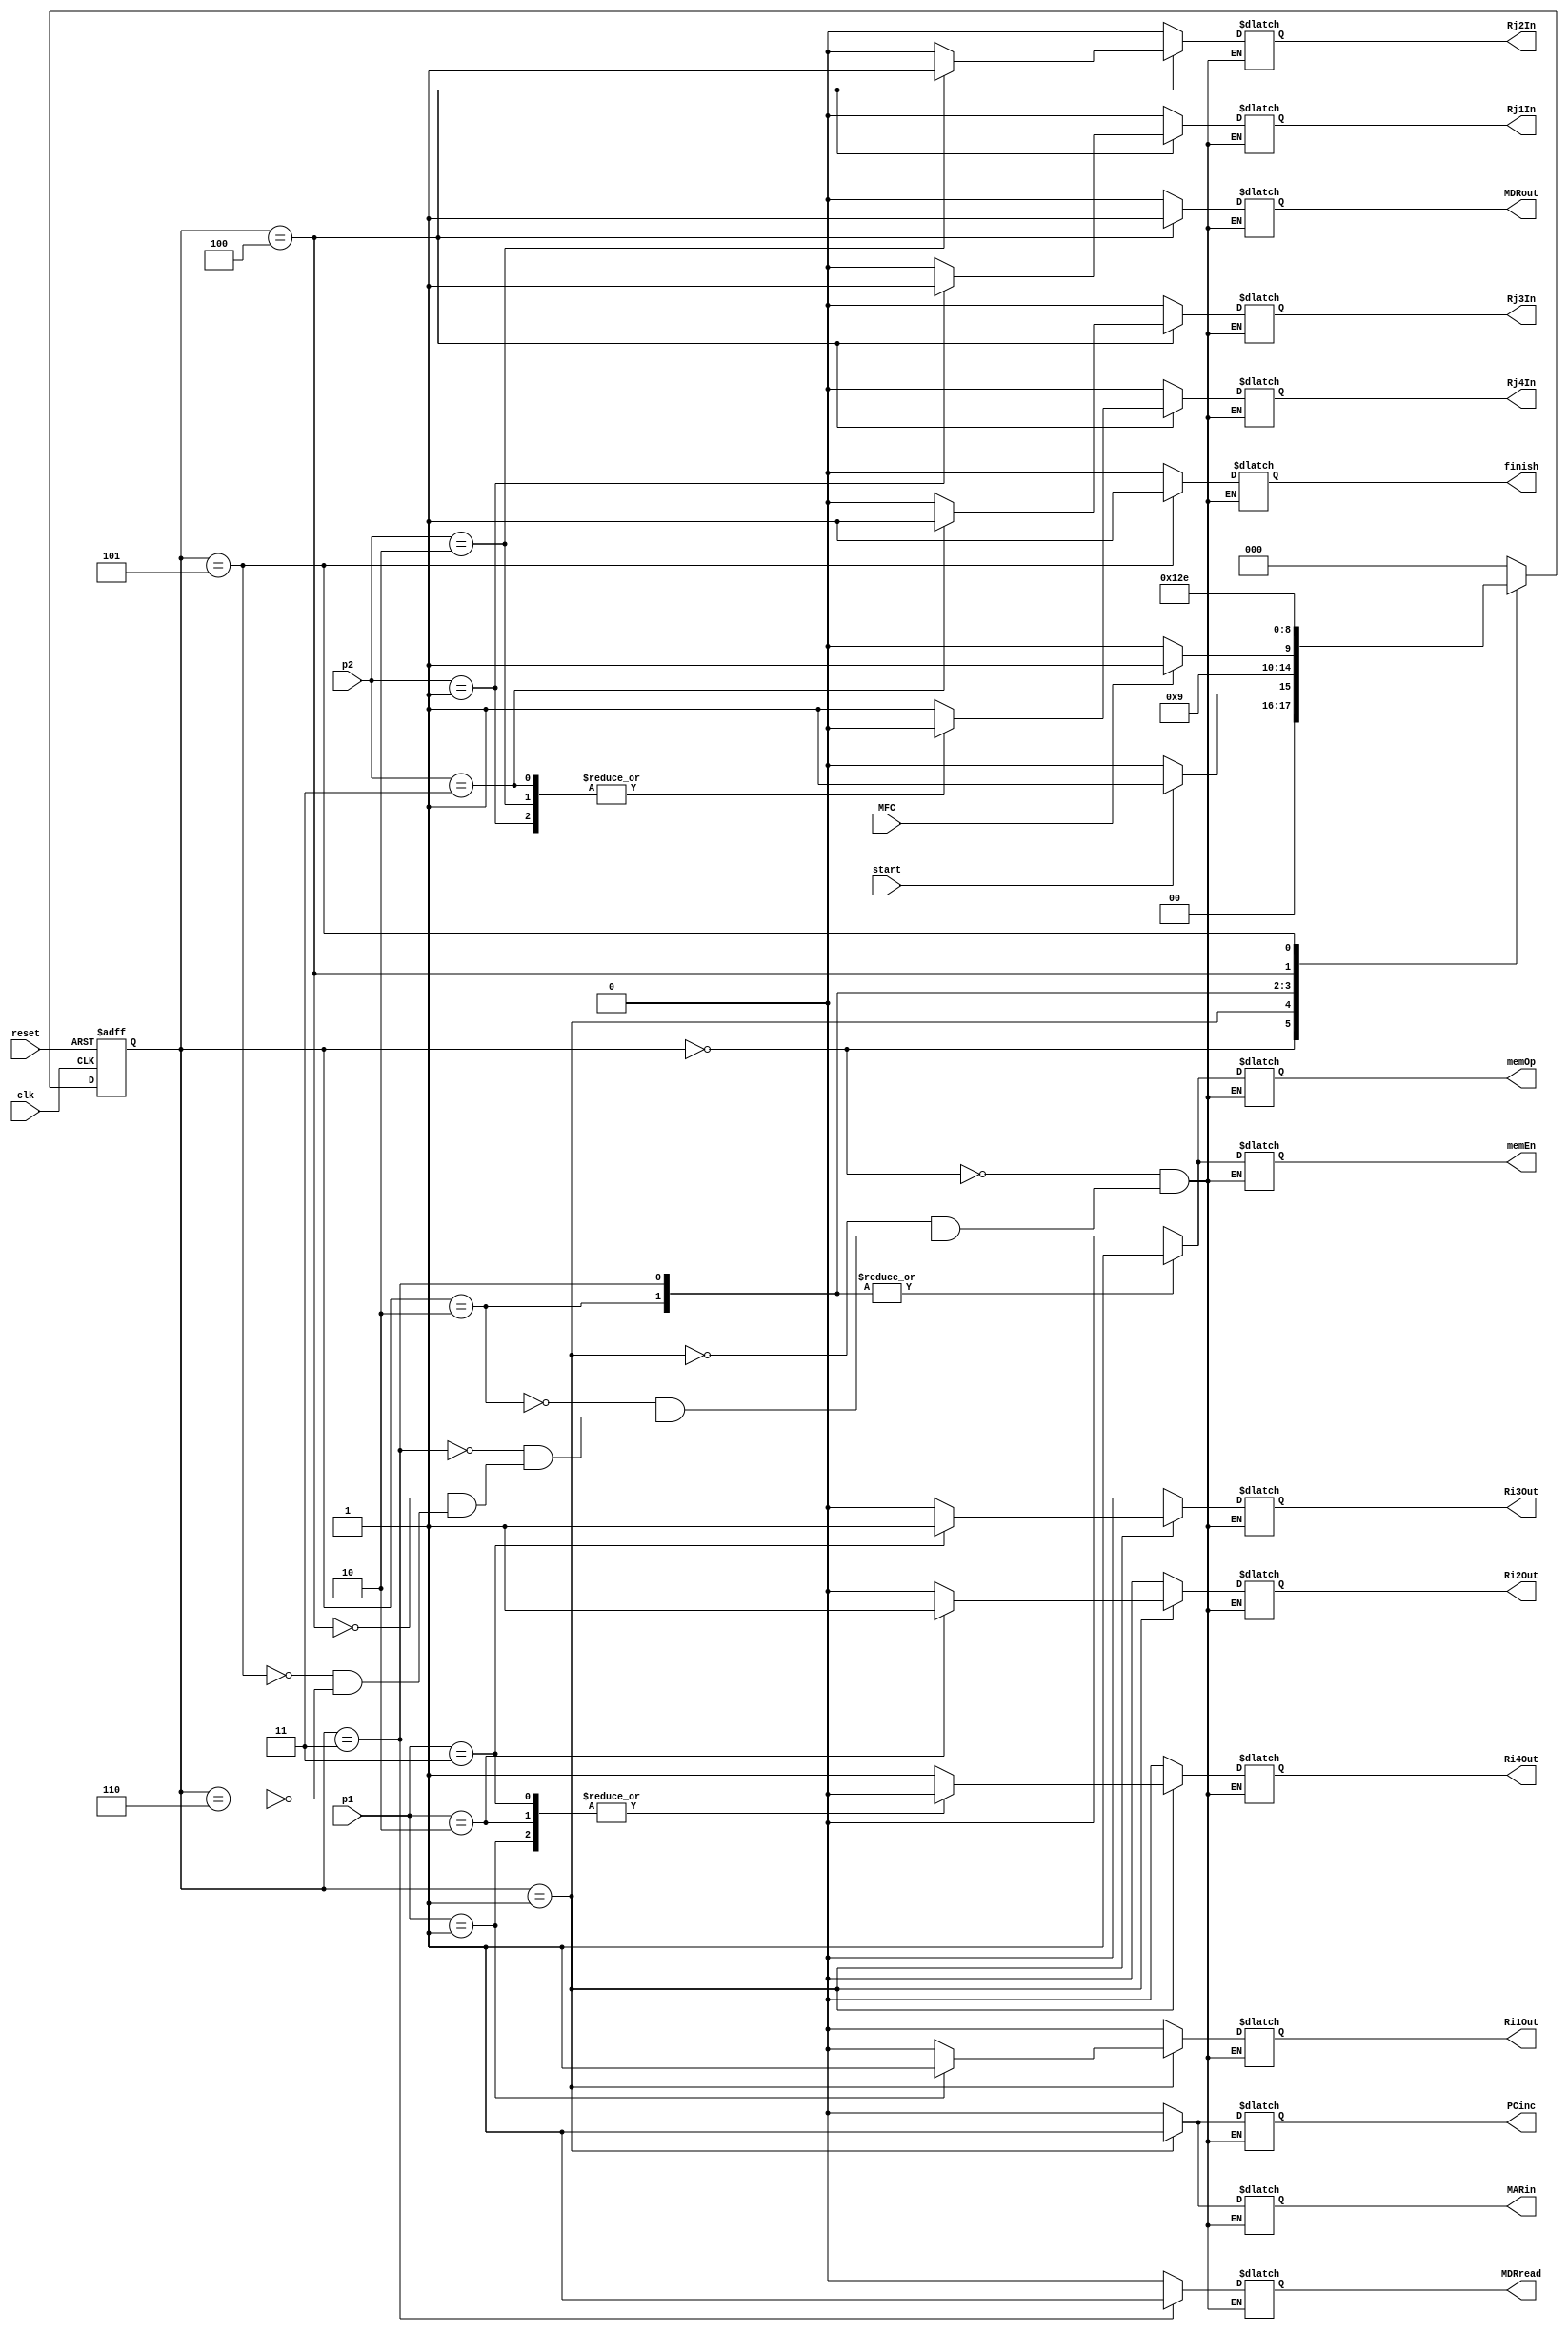
// Zack Fravel
// System Synthesis and Modeling
// Final Project (Step 4)

module Load_FSM(clk, reset, start, MFC, PCinc, Ri1Out, Ri2Out, Ri3Out, Ri4Out, MARin, MDRread, memEn, memOp, MDRout, Rj1In, Rj2In, Rj3In, Rj4In, p1, p2, finish);

// Port Declartaion

input clk; input reset; input start; input MFC; input[5:0] p1; input[5:0] p2;

output reg PCinc; output reg MARin; output reg MDRread; 
output reg Ri1Out; output reg Ri2Out; output reg Ri3Out; output reg Ri4Out; 
output reg memEn; output reg memOp; output reg MDRout; 
output reg Rj1In; output reg Rj2In; output reg Rj3In; output reg Rj4In; output reg finish;

reg[2:0] current_state, next_state;			

// Set Parameters for State Signals

parameter init = 4'b0000, one = 4'b0001, two = 4'b0010, three = 4'b0011, 
	four = 4'b0100, five = 4'b0101, six = 4'b0110, 	
	seven = 4'b0111, eight = 4'b1000, nine = 4'b1001, ten = 4'b1010;


// Architecture

always @(posedge clk or posedge reset)			// Current State Transition
begin
   if(reset)
	current_state <= init;
   else
	current_state <= next_state;
end


always @(current_state or start or MFC)			// Next State Logic
begin

   case(current_state)

   init: begin
	 	if(start)
	   		next_state <= one;
		else
			next_state <= init;
         end

   one:    begin next_state <= two; end
   two:    begin 
		if(MFC)
			next_state <= three;
		else 
			next_state <= two; 
	   end
   three:  begin next_state <= four; end
   four:   begin next_state <= five; end
   five:   begin next_state <= six; end
   six:    begin next_state <= init; end
   default:begin next_state <= init; end

   endcase
end


always @(current_state)					// Output Logic
begin

   case (current_state)

   init:  begin 
		PCinc = 0; MARin = 0; Ri1Out = 0; Ri2Out = 0; Ri3Out = 0; Ri4Out = 0; 
		MDRread = 0; memEn = 0; memOp = 0; MDRout = 0; 
		Rj1In = 0; Rj2In = 0; Rj3In = 0; Rj4In = 0; finish = 0;
	  end
   one:   begin  
		PCinc = 1; MARin = 1; 
		case (p1)
			6'b000001: begin Ri1Out = 1; Ri2Out = 0; Ri3Out = 0; Ri4Out = 0; end
			6'b000010: begin Ri2Out = 1; Ri1Out = 0; Ri3Out = 0; Ri4Out = 0; end
			6'b000011: begin Ri3Out = 1; Ri2Out = 0; Ri1Out = 0; Ri4Out = 0; end
			default  : begin Ri4Out = 1; Ri2Out = 0; Ri3Out = 0; Ri1Out = 0; end
		endcase 
		MDRread = 0; memEn = 0; memOp = 0; MDRout = 0; 
		Rj1In = 0; Rj2In = 0; Rj3In = 0; Rj4In = 0; finish = 0;
	  end
   two:   begin 
		memEn = 1; memOp = 1;
		case (p1)
			6'b000001: begin Ri1Out = 0; Ri2Out = 0; Ri3Out = 0; Ri4Out = 0; end
			6'b000010: begin Ri2Out = 0; Ri1Out = 0; Ri3Out = 0; Ri4Out = 0; end
			6'b000011: begin Ri3Out = 0; Ri2Out = 0; Ri1Out = 0; Ri4Out = 0; end
			default  : begin Ri4Out = 0; Ri2Out = 0; Ri3Out = 0; Ri1Out = 0; end
		endcase 
		PCinc = 0; MARin = 0; 
		MDRread = 0; MDRout = 0; 
		Rj1In = 0; Rj2In = 0; Rj3In = 0; Rj4In = 0; finish = 0;
	  end
   three: begin 
		MDRread = 1;
		PCinc = 0; MARin = 0; Ri1Out = 0; Ri2Out = 0; Ri3Out = 0; Ri4Out = 0; 
		memEn = 1; memOp = 1; MDRout = 0; 
		Rj1In = 0; Rj2In = 0; Rj3In = 0; Rj4In = 0; finish = 0;
	  end
   four:  begin  
		MDRout = 1; 
		case(p2)
			6'b000001: begin Rj1In = 1; Rj2In = 0; Rj3In = 0; Rj4In = 0; end
			6'b000010: begin Rj2In = 1; Rj1In = 0; Rj3In = 0; Rj4In = 0; end
			6'b000011: begin Rj3In = 1; Rj2In = 0; Rj1In = 0; Rj4In = 0; end
			default  : begin Rj4In = 1; Rj2In = 0; Rj3In = 0; Rj1In = 0; end
		endcase
		PCinc = 0; MARin = 0; Ri1Out = 0; Ri2Out = 0; Ri3Out = 0; Ri4Out = 0; 
		MDRread = 0; memEn = 0; memOp = 0;
		finish = 0;
	  end
   five:  begin  
		finish = 1;
		case(p2)
			6'b000001: begin Rj1In = 0; Rj2In = 0; Rj3In = 0; Rj4In = 0; end
			6'b000010: begin Rj2In = 0; Rj1In = 0; Rj3In = 0; Rj4In = 0; end
			6'b000011: begin Rj3In = 0; Rj2In = 0; Rj1In = 0; Rj4In = 0; end
			default  : begin Rj4In = 0; Rj2In = 0; Rj3In = 0; Rj1In = 0; end
		endcase
		PCinc = 0; MARin = 0; Ri1Out = 0; Ri2Out = 0; Ri3Out = 0; Ri4Out = 0; 
		MDRread = 0; memEn = 0; memOp = 0; MDRout = 0; 
	  end
   six:   begin  
		PCinc = 0; MARin = 0; Ri1Out = 0; Ri2Out = 0; Ri3Out = 0; Ri4Out = 0; 
		MDRread = 0; memEn = 0; memOp = 0; MDRout = 0; 
		Rj1In = 0; Rj2In = 0; Rj3In = 0; Rj4In = 0; finish = 0;
	  end

   endcase

end

endmodule